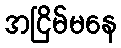
အငြိမ်မနေ